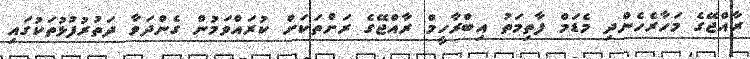
ރާއްޖޭގެ މަހާރެހެންދި މެޑަމް ފާތިމަތު އިބްރާހީމް ރާއްޖޭގެ ރަށްތަކަށް ކުރައްވަމުން ގެންދަވާ ދަތުރުފުޅުތަކުގައި